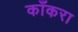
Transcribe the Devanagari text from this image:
काँकरा